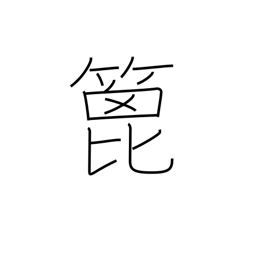
Meaning: spatula